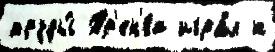
труды́ Тр'ен'́ва игра́л к